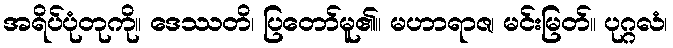
အရိပ်ပုံတုကို။ ဒေဿတိ၊ ပြတော်မူ၏။ မဟာရာဇ၊ မင်းမြတ်။ ပုဂ္ဂလံ၊